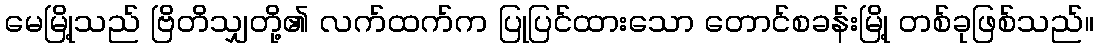
မေမြို့သည် ဗြိတိသျှတို့၏ လက်ထက်က ပြုပြင်ထားသော တောင်စခန်းမြို့ တစ်ခုဖြစ်သည်။